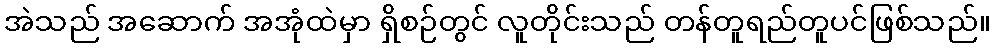
အဲသည် အဆောက် အအုံထဲမှာ ရှိစဉ်တွင် လူတိုင်းသည် တန်တူရည်တူပင်ဖြစ်သည်။